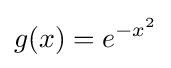
g(x)=e^{-x^{2}}